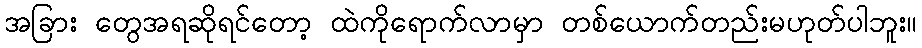
အခြား တွေအရဆိုရင်တော့ ထဲကိုရောက်လာမှာ တစ်ယောက်တည်းမဟုတ်ပါဘူး။